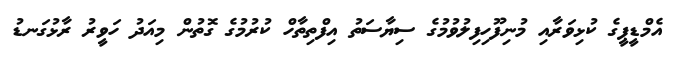
އެމްޑީޕީގެ ކުޅިވަރާއި މުނިފޫހިފިލުވުމުގެ ސިޔާސަތު އިފްތިތާހް ކުރުމުގެ ގޮތުން މިއަދު ހަވީރު ރާޅުގަނޑު